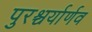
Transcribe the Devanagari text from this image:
पुरश्चर्यार्णव